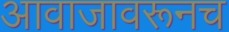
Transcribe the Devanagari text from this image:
आवाजावरूनच